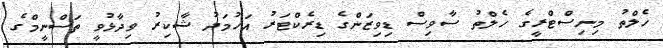
ހެލްތު މިނިސްޓްރީގެ ހެލްތު ސާވިސް ޑިވިޒަންގެ ޑިރެކްޓަރު އަހުމަދު ޝާކިރު ވިދާޅުވީ ތަސްނީމްގެ